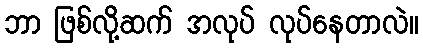
ဘာ ဖြစ်လို့ဆက် အလုပ် လုပ်နေတာလဲ။